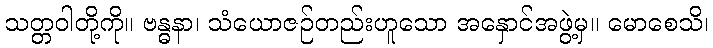
သတ္တဝါတို့ကို။ ဗန္ဓနာ၊ သံယောဇဉ်တည်းဟူသော အနှောင်အဖွဲ့မှ။ မောစေသိ၊